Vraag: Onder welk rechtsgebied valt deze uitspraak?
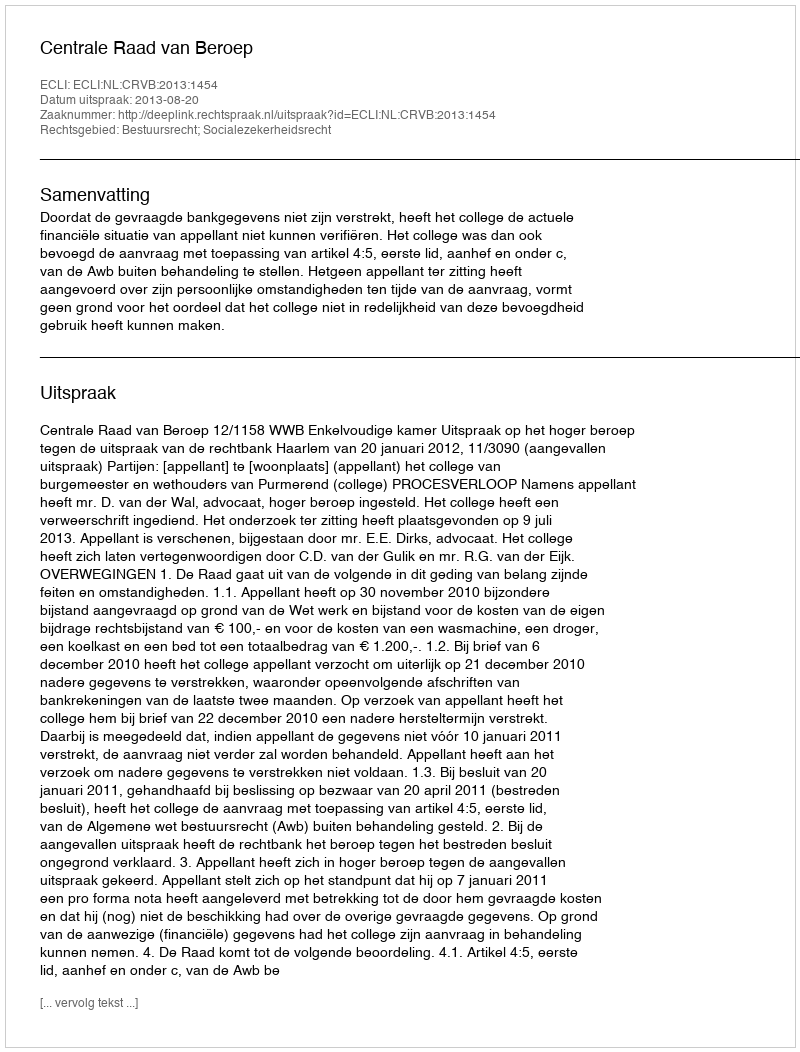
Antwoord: Bestuursrecht; Socialezekerheidsrecht